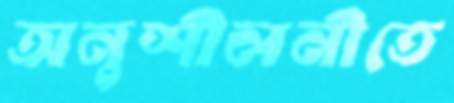
অনুশীলনীতে